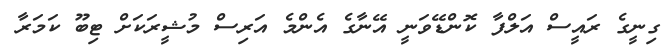
ގިނީގެ ރައީސް އަލްފާ ކޮންޑޭވަނީ އޭނާގެ އެންމެ އަރިސް މުޝީރަކަށް ޓިބޫ ކަމަރާ